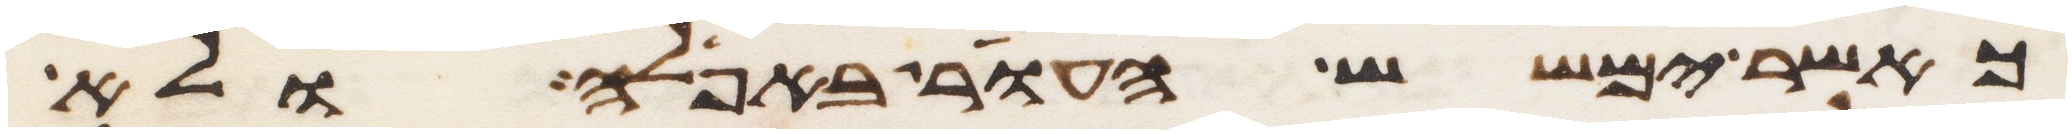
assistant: כאשר ימשש העור באפלה ולא